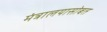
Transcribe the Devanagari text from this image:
मंत्रालयासोबत